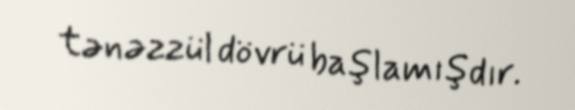
tənəzzül dövrü başlamışdır.